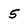
Character: 5